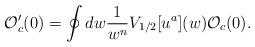
LaTeX: \begin{align*}{\cal O}'_c(0)=\oint dw\frac{1}{w^n}V_{1/2}[u^a](w) {\cal O}_c(0).\end{align*}